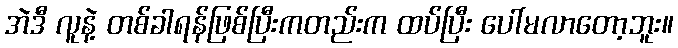
အဲဒီ လူနဲ့ တစ်ခါရန်ဖြစ်ပြီးကတည်းက ထပ်ပြီး ပေါ်မလာတော့ဘူး။